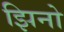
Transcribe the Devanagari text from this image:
झिनो